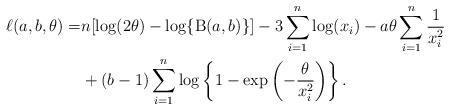
LaTeX: \begin{align*}\ell(a,b,\theta)=&n[\log(2\theta) - \log \{ \operatorname{B}(a,b) \}]-3 \sum^n_{i=1}\log (x_{i})-a\theta\sum^n_{i=1} \frac{1}{x^2_i}\\&+(b-1)\sum^{n}_{i=1}\log\left\{1- \exp\left(-\frac{\theta}{x_i^2}\right)\right\}.\end{align*}